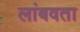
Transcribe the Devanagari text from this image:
लांबवता